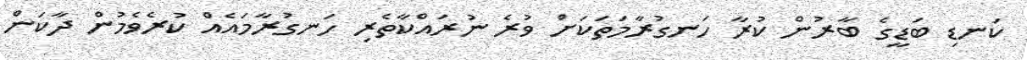
ކަނޑި ބަޑީގެ ބާރުން ކުރާ ހަނގުރާމަތަކަށް ވުރެ ނުރައްކާތެރި ހަނގުރާމައެއް ކުރެވެމުން ދާކަން